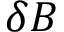
\delta B